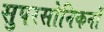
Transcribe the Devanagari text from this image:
सुपरसोनिकनों